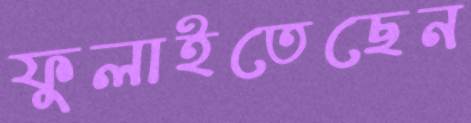
ফুলাইতেছেন